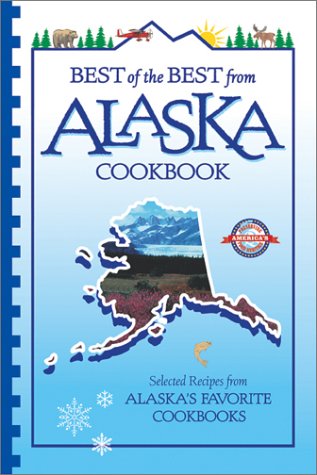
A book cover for Best of the Best from Alaska Cookbook: Selected Recipes from Alaska's Favorite Cookbooks (Best of the Best Cookbook Series); Cookbooks, Food & Wine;